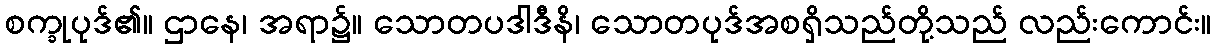
စက္ခုပုဒ်၏။ ဌာနေ၊ အရာ၌။ သောတပဒါဒီနိ၊ သောတပုဒ်အစရှိသည်တို့သည် လည်းကောင်း။